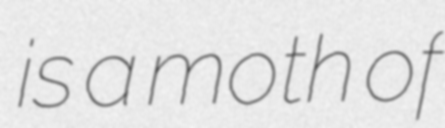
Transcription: is a moth of